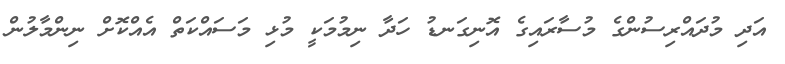
އަދި މުދައްރިސުންގެ މުސާރައިގެ އޮނިގަނޑު ހަދާ ނިމުމަކީ މުޅި މަސައްކަތް އެއްކޮށް ނިންމާލުން